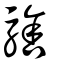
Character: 騇